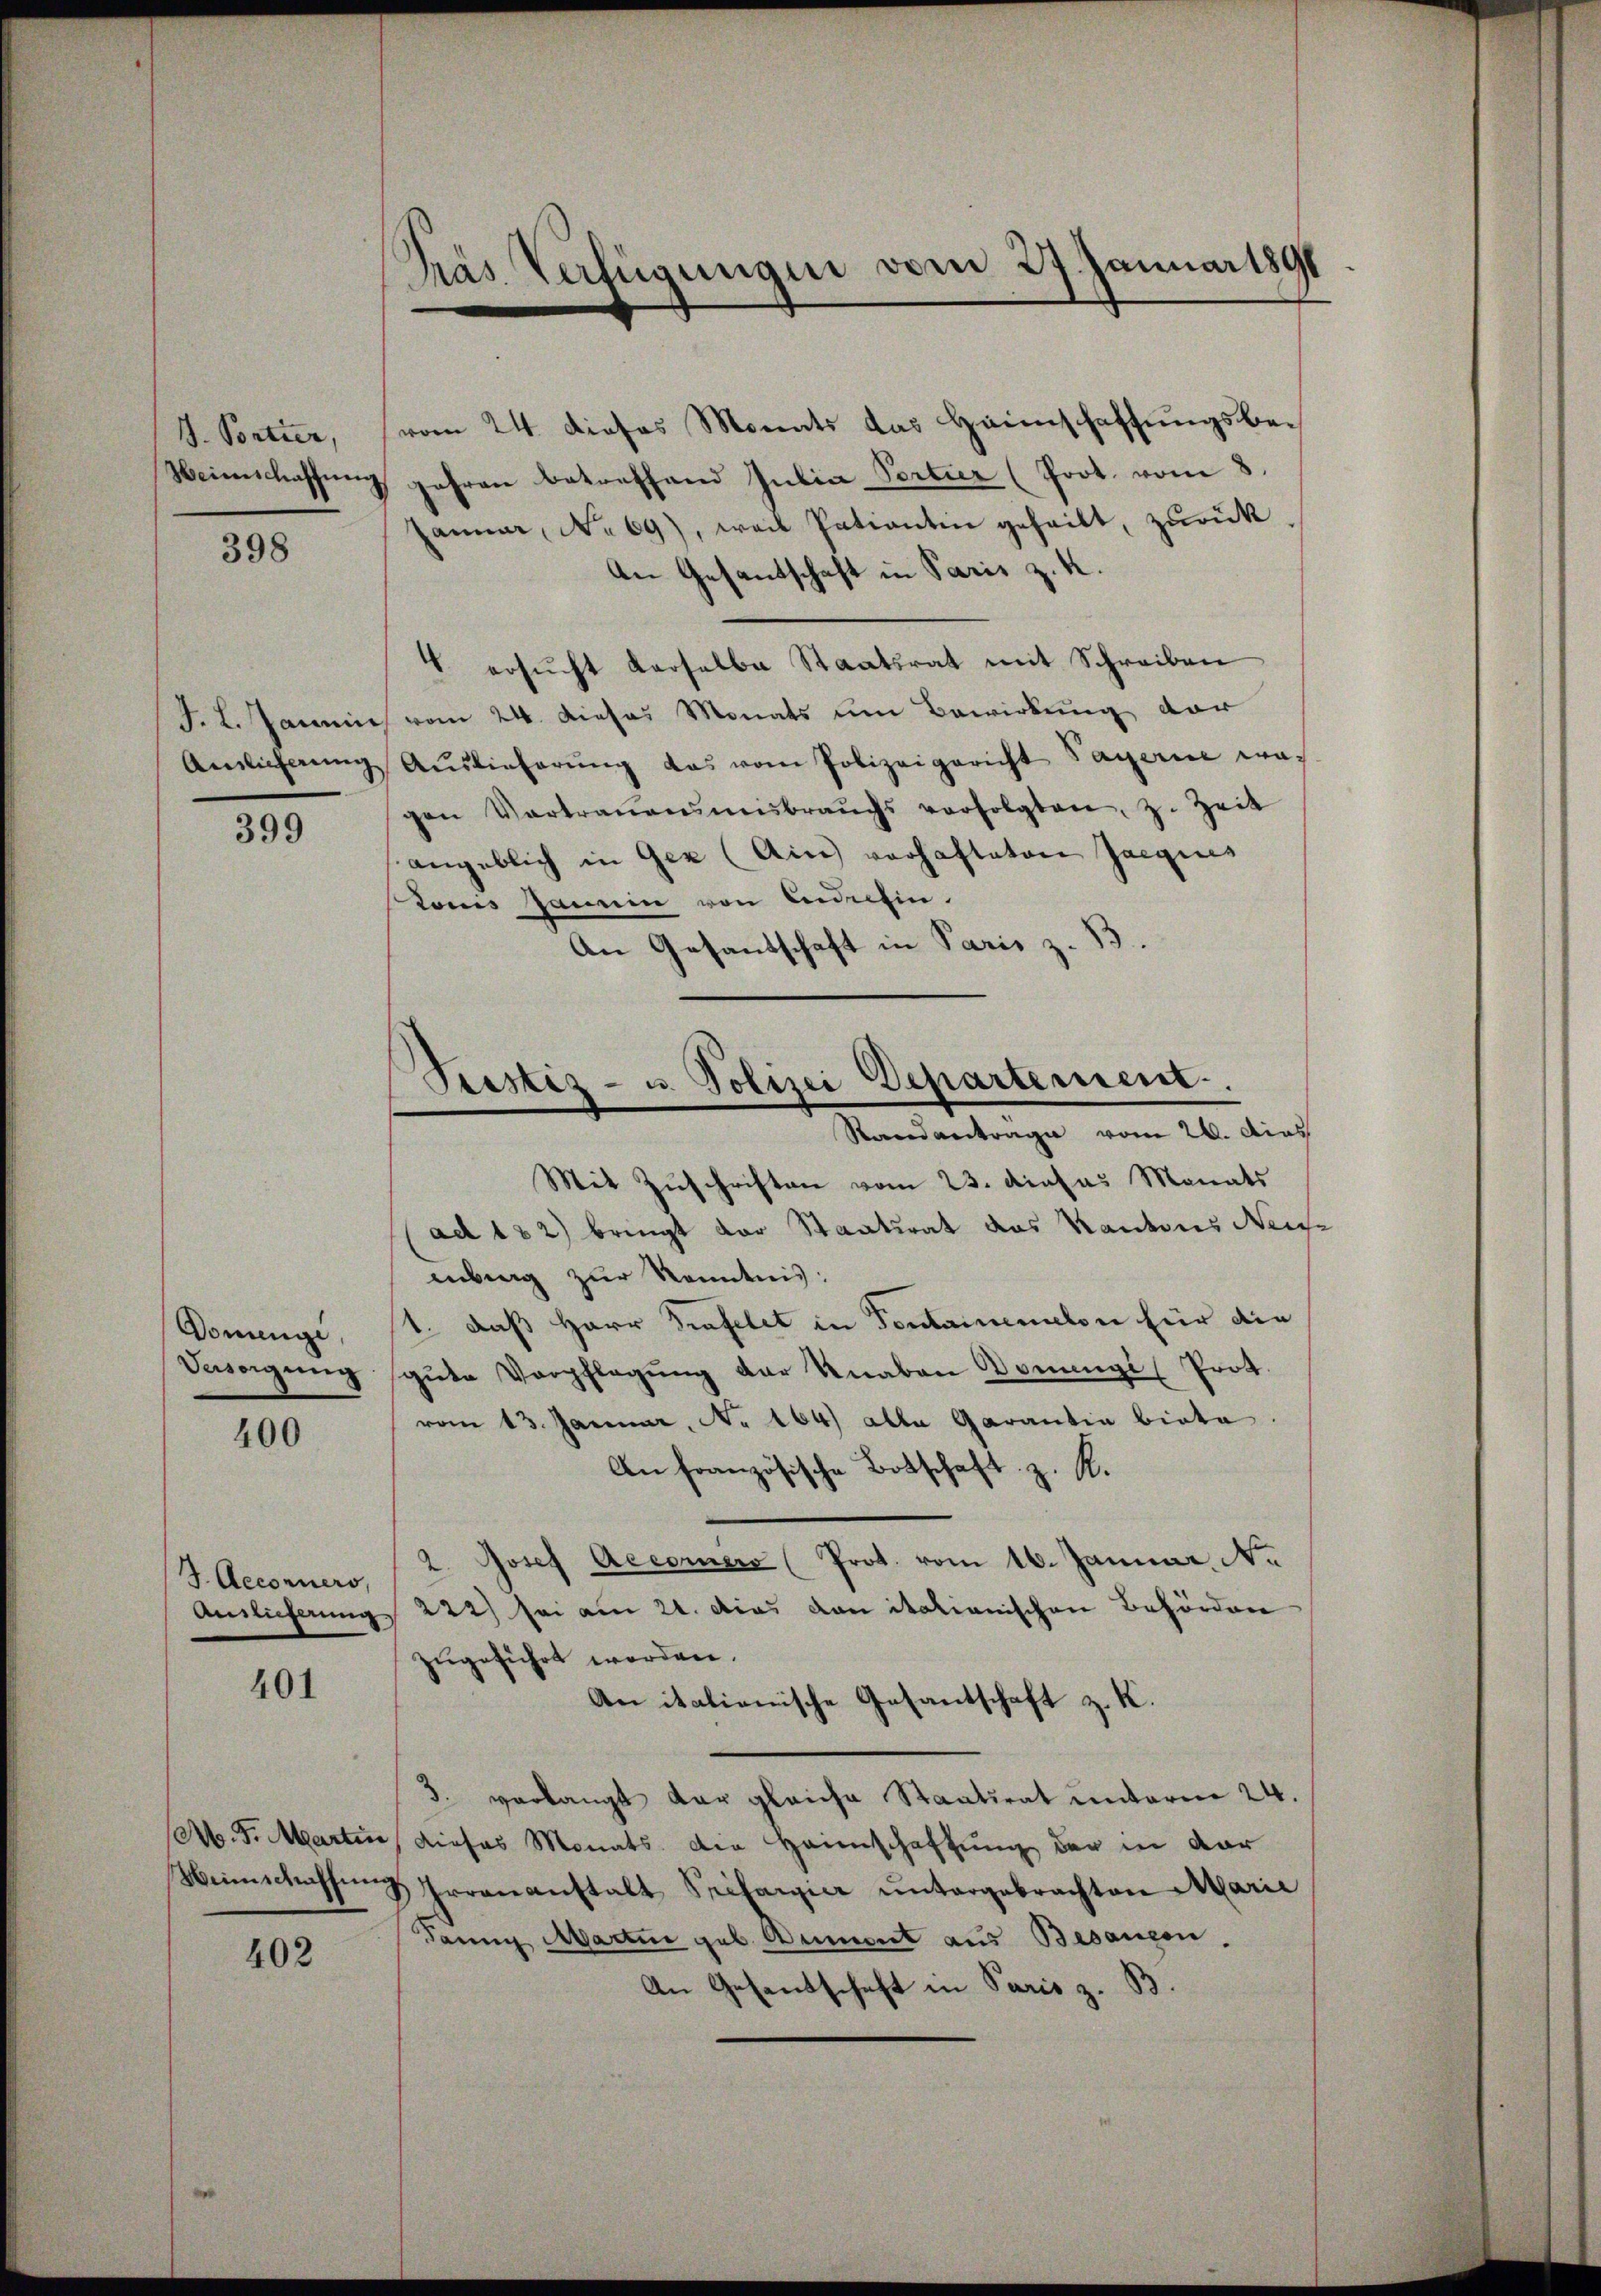
J. Poetter,

398

399

Präs. Verfügungen vom 27. Januar 1891

vom 24. dieses Monats das Heimschaftungsbe¬
Weinschassŭng gefrau Betreffend Julia Pertier (Prot. vom 8.
Januar, No 69), weil Patientin geheilt, zurück
An Gesandschaft in Paris z. K.
4 ersŭcht verselbe Staatsrat mit Schreiben
F. L. Jannie vom 24. Dieses Monats um Bewirkung dar
Amtlicherŭng Auslieferŭng das vom Polizeigericht Tagerin wa
gen Vortrauensmisbrauchs verfolgten, z. Zeit
angeblich in Gez (Ain vorhafteten Jaegices
Lonis Janein von Ledefin.
An Gesandschaft in Paris z. B.

Mit Zuschriften vom 23. dieses Monats
ad 182) bringt vor Staatsrat das Kantons Neig-
enberg zur Kenntnis:
Domenge, 1. daß Herr Grafelet in Tentamenalen für die
Beweigung gute Verpflegŭng der Knaben Douangi (Prot.
400 vom 13. Januar, No 164) alle Garantia biete.
An französische Botschaft z. R.
2. Josef Accorner (Prot. vom 16. Januar Ne
J. Accorers,
Anslieferung 222) sei am 21. Das von italianischen Behörden
zugeführt worden.
401
An italienische Gesantschaft z. K.
3. verlangt dar gleiche Staatsrat unterm 24.
Ab. S. Marten, dieses Monats die Heimschaftung der in dar
Winschaffung Irrenanstalt Prifanger untergebrachten Marie
Dann Martin geb. Dumont aus Besangen.
402
An Gesandschaft in Paris z. B.

Justiz- u. Polizei Departement.
Randantrage vom 26. dies